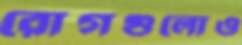
রোগগুলোও